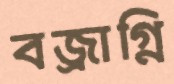
বজ্রাগ্নি